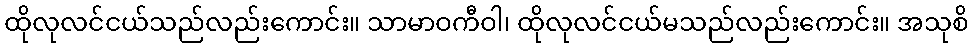
ထိုလုလင်ငယ်သည်လည်းကောင်း။ သာမာဝကီဝါ၊ ထိုလုလင်ငယ်မသည်လည်းကောင်း။ အသုစိ